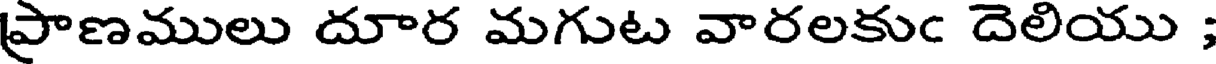
ప్రాణములు దూర మగుట వారలకుఁ దెలియు ;